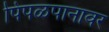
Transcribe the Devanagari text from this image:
पिंपळपानावर